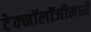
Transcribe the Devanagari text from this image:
टेक्‍नॉलॉजीमध्ये